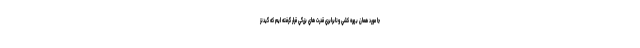
جا مورد همان بهره كشي ونابرابري قدرت هاي بزرگي قرار گرفته ايم كه گيدنز